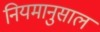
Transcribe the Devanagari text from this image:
नियमानुसाल